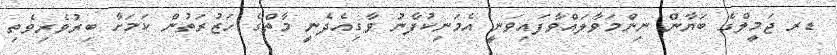
ޑރ ޖަމީލްގެ ބަޔާން ނިންމަވާލައްވާފައިވަނީ އެމަނިކުފާނު ވާގިއެދެނީ މާތްގެ ހަޒުރަތުން ކަމަށާ ބިރުވެރިވެތި